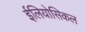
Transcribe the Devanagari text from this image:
ईलियोसिकल